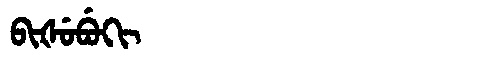
Manchu: ᠪᡳᡧᡠᠪᡠᡴᡳ
Romanization: BIŠUBUKI